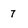
Character: 7